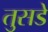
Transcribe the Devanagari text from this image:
तुसडे